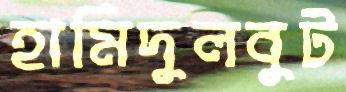
হামিদুলবুট